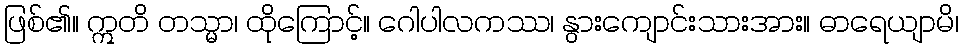
ဖြစ်၏။ ဣတိ တသ္မာ၊ ထိုကြောင့်။ ဂေါပါလကဿ၊ နွားကျောင်းသားအား။ ဓာရေယျာမိ၊